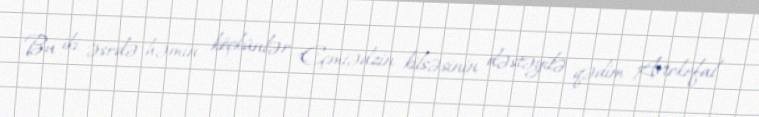
Bu iki əsrdə həmin köçkünlər Eçmiədzin kilsəsinin dəstəyilə qədim Avtokefal